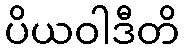
ပိယဝါဒီတိ